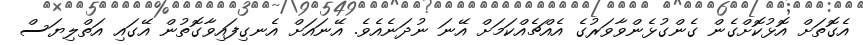
އެގޮތަށް އޮޅުކޮށްގެން ގެންގުޅެންވާވަރުގެ އެއްޗެއްކަމަށް އޭނަ ނުދަނެއެވެ. އޭނައަށް އެނގިފައިވާގޮތުން އޭގައި އަތްލިޔަސް